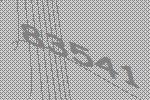
83541